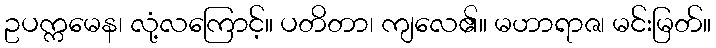
ဥပက္ကမေန၊ လုံ့လကြောင့်။ ပတိတာ၊ ကျလေ၏။ မဟာရာဇ၊ မင်းမြတ်။